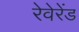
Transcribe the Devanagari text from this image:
रेवेरेंड